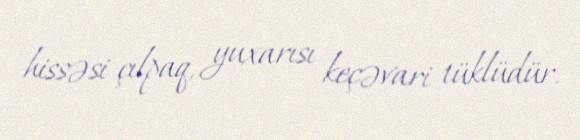
hissəsi çılpaq, yuxarısı keçəvari tüklüdür.